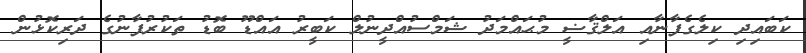
ކަބައިދި ކިލެގެފާނާއި އަލްޤާޟީ މުޙައްމަދު ޝަމްސުއްދީނުލް ކަބީރު އައްޑޫ ބޮޑު ތަކުރުފާނުގެ ދަރިކޮޅުން